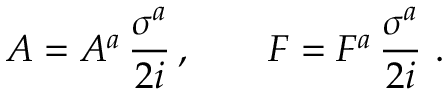
A = A ^ { a } \, \frac { \sigma ^ { a } } { 2 i } \, , \qquad F = F ^ { a } \, \frac { \sigma ^ { a } } { 2 i } \, \, .